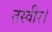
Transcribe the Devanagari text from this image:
तस्वीर।